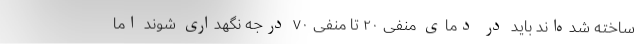
ساخته شده‌اند باید در دمای منفی ۲۰ تا منفی ۷۰ درجه نگهداری شوند اما